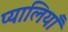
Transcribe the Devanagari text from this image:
प्यालियाँ